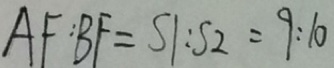
A F : B F = S 1 : S 2 = 9 : 1 0